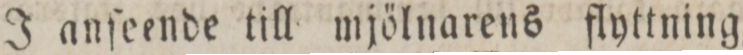
J anſeende till mjölnarens flyttning,